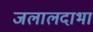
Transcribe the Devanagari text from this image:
जलालदाभा